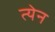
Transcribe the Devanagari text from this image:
त्येन